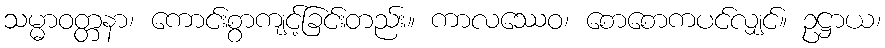
သမ္မာဝတ္တနာ၊ ကောင်းစွာကျင့်ခြင်းတည်း။ ကာလဿေဝ၊ စောစောကပင်လျှင်။ ဥဋ္ဌာယ၊